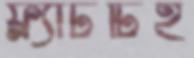
ফ্ল্যাটটিই